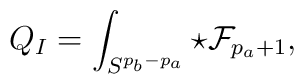
Q_I=\int_{S^{p_b-p_a}}\star{\cal F}_{p_a+1},